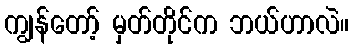
ကျွန်တော့် မှတ်တိုင်က ဘယ်ဟာလဲ။